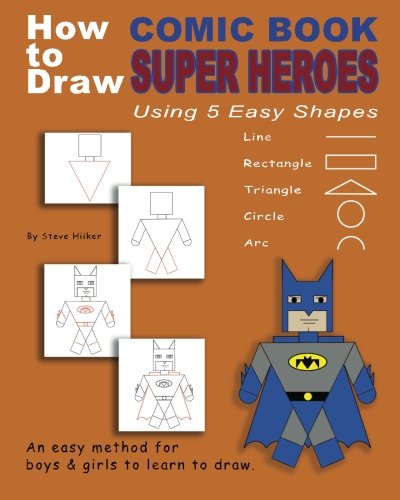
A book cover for How to Draw Comic Book Superheroes Using 5 Easy Shapes; Steve Hilker; Comics & Graphic Novels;